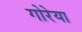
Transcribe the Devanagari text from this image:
गोरेया